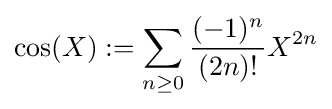
\cos(X):=\sum _{n\geq 0}{\frac {(-1)^{n}}{(2n)!}}X^{2n}